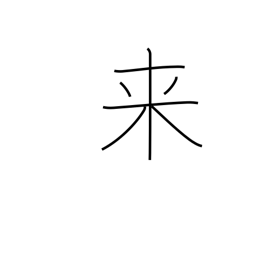
Meaning: become